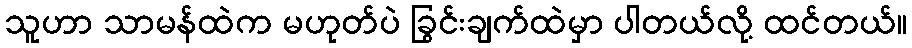
သူဟာ သာမန်ထဲက မဟုတ်ပဲ ခြွင်းချက်ထဲမှာ ပါတယ်လို့ ထင်တယ်။